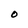
Character: O